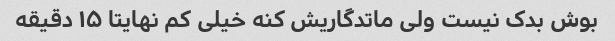
بوش بدک نیست ولی ماتدگاریش کنه خیلی کم نهایتا ۱۵ دقیقه